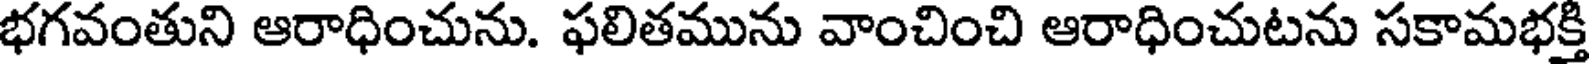
భగవంతుని ఆరాధించును. ఫలితమును వాంచించి ఆరాధించుటను సకామభక్తి